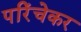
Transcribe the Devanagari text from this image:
परिंचेकर